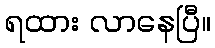
ရထား လာနေပြီ။